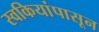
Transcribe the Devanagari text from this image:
स्वकियांपासून